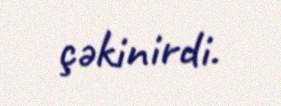
çəkinirdi.